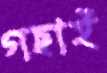
গছাই